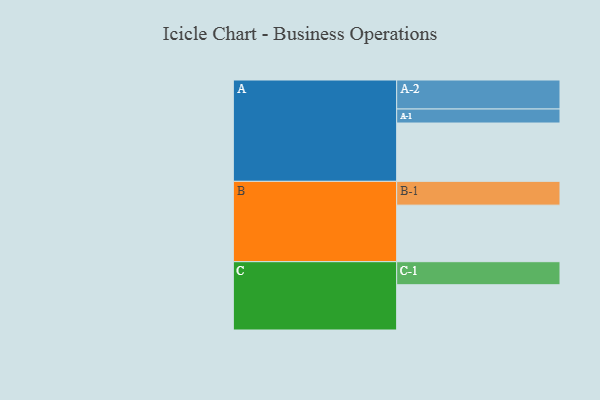
{"axis": {"x": "Segment", "y": "Value"}, "legend": ["", "A", "B", "C"], "data": [{"x": "A", "y": 595, "type": ""}, {"x": "B", "y": 577, "type": ""}, {"x": "C", "y": 462, "type": ""}, {"x": "A-1", "y": 143, "type": "A"}, {"x": "A-2", "y": 296, "type": "A"}, {"x": "B-1", "y": 243, "type": "B"}, {"x": "C-1", "y": 235, "type": "C"}]}